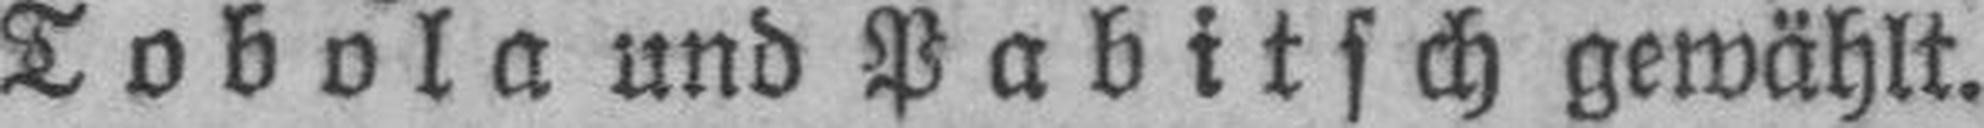
Tobola und Pabitsch gewählt.